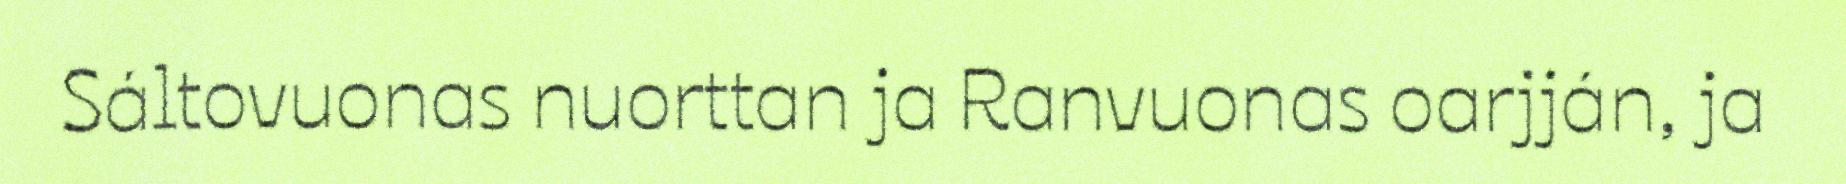
Sáltovuonas nuorttan ja Ranvuonas oarjján, ja